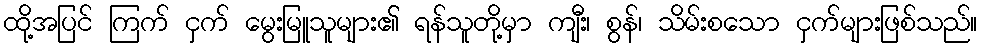
ထို့အပြင် ကြက် ငှက် မွေးမြူသူများ၏ ရန်သူတို့မှာ ကျီး၊ စွန်၊ သိမ်းစသော ငှက်များဖြစ်သည်။